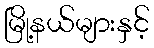
မြို့နယ်များနှင့်